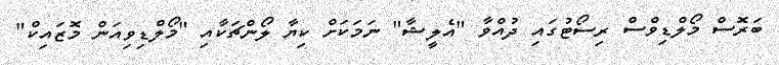
ބަރޮސް މޯލްޑިވްސް ރިސޯޓުގައި ދުއްވާ "އެލީޝާ" ނަމަކަށް ކިޔާ ލޯންޗަކާއި "މޯލްޑިވިއަން މޮޒައިކް"